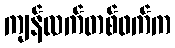
ကျန်လက်တစ်ဖက်က